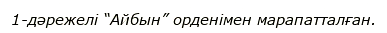
1-дәрежелі “Айбын” орденімен марапатталған.